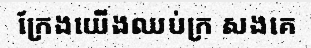
ក្រែងយើងឈប់ក្រ សងគេ